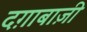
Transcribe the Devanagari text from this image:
दग़ाबाज़ी